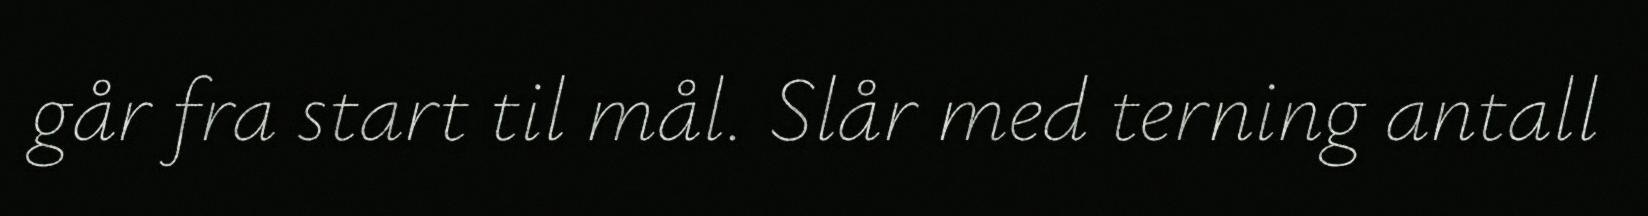
går fra start til mål. Slår med terning antall